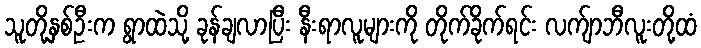
သူတို့နှစ်ဦးက ရွာထဲသို့ ခုန်ချလာပြီး နီးရာလူများကို တိုက်ခိုက်ရင်း လက်ျာဘီလူးတို့ထံ